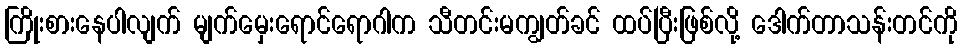
ကြိုးစားနေပါလျက် မျက်မှေးရောင်ရောဂါက သီတင်းမကျွတ်ခင် ထပ်ပြီးဖြစ်လို့ ဒေါက်တာသန်းတင်ကို